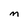
Character: M